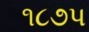
૧૮૭પ